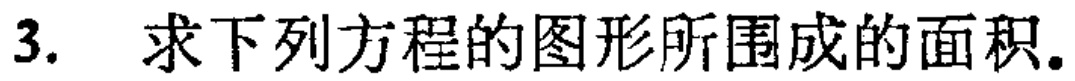
3. 求下列方程的图形所围成的面积.